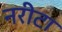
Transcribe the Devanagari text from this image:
नरीटा